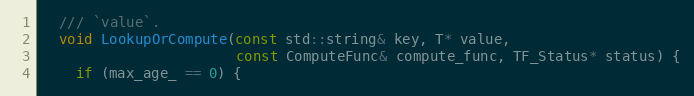
Language: C
  /// `value`.
  void LookupOrCompute(const std::string& key, T* value,
                       const ComputeFunc& compute_func, TF_Status* status) {
    if (max_age_ == 0) {